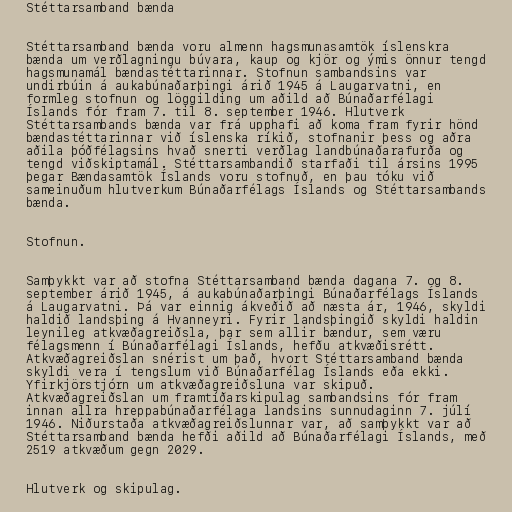
Stéttarsamband bænda

Stéttarsamband bænda voru almenn hagsmunasamtök íslenskra
bænda um verðlagningu búvara, kaup og kjör og ýmis önnur tengd
hagsmunamál bændastéttarinnar. Stofnun sambandsins var
undirbúin á aukabúnaðarþingi árið 1945 á Laugarvatni, en
formleg stofnun og löggilding um aðild að Búnaðarfélagi
Íslands fór fram 7. til 8. september 1946. Hlutverk
Stéttarsambands bænda var frá upphafi að koma fram fyrir hönd
bændastéttarinnar við íslenska ríkið, stofnanir þess og aðra
aðila þóðfélagsins hvað snerti verðlag landbúnaðarafurða og
tengd viðskiptamál. Stéttarsambandið starfaði til ársins 1995
þegar Bændasamtök Íslands voru stofnuð, en þau tóku við
sameinuðum hlutverkum Búnaðarfélags Íslands og Stéttarsambands
bænda.

Stofnun.

Samþykkt var að stofna Stéttarsamband bænda dagana 7. og 8.
september árið 1945, á aukabúnaðarþingi Búnaðarfélags Íslands
á Laugarvatni. Þá var einnig ákveðið að næsta ár, 1946, skyldi
haldið landsþing á Hvanneyri. Fyrir landsþingið skyldi haldin
leynileg atkvæðagreiðsla, þar sem allir bændur, sem væru
félagsmenn í Búnaðarfélagi Íslands, hefðu atkvæðisrétt.
Atkvæðagreiðslan snérist um það, hvort Stéttarsamband bænda
skyldi vera í tengslum við Búnaðarfélag Íslands eða ekki.
Yfirkjörstjórn um atkvæðagreiðsluna var skipuð.
Atkvæðagreiðslan um framtíðarskipulag sambandsins fór fram
innan allra hreppabúnaðarfélaga landsins sunnudaginn 7. júlí
1946. Niðurstaða atkvæðagreiðslunnar var, að samþykkt var að
Stéttarsamband bænda hefði aðild að Búnaðarfélagi Íslands, með
2519 atkvæðum gegn 2029.

Hlutverk og skipulag.